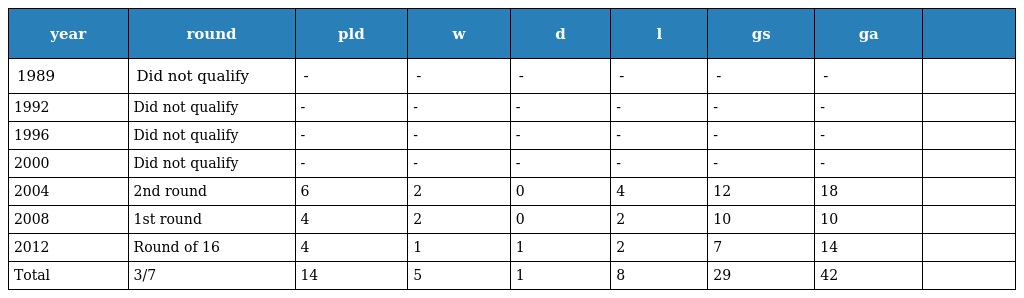
| year | round | pld | w | d | l | gs | ga |  |
 | --- | --- | --- | --- | --- | --- | --- | --- | --- |
 | 1989 | Did not qualify | - | - | - | - | - | - |  |
 | 1992 | Did not qualify | - | - | - | - | - | - |  |
 | 1996 | Did not qualify | - | - | - | - | - | - |  |
 | 2000 | Did not qualify | - | - | - | - | - | - |  |
 | 2004 | 2nd round | 6 | 2 | 0 | 4 | 12 | 18 |  |
 | 2008 | 1st round | 4 | 2 | 0 | 2 | 10 | 10 |  |
 | 2012 | Round of 16 | 4 | 1 | 1 | 2 | 7 | 14 |  |
 | Total | 3/7 | 14 | 5 | 1 | 8 | 29 | 42 |  |